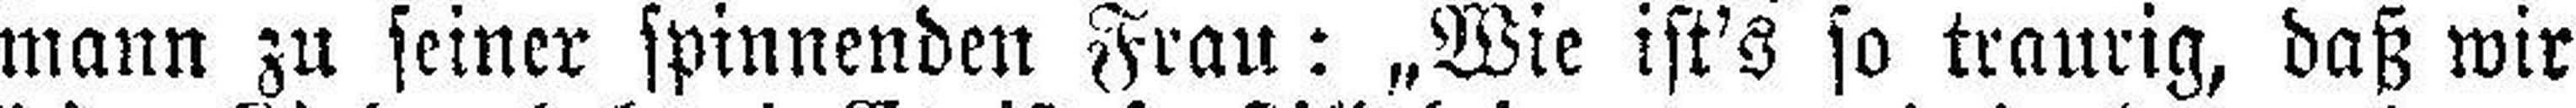
mann zu seiner spinnenden Frau: „Wie ist's so traurig, daß wir